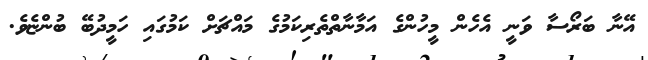
އޭނާ ބަރޯސާ ވަނީ އެހެން މީހުންގެ އަމާނާތްތެރިކަމުގެ މައްޗަށް ކަމުގައި ހަމީދުބޭ ބުންޏެވެ.